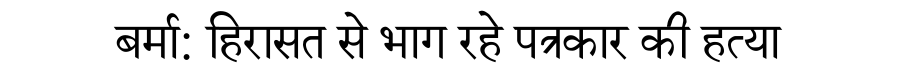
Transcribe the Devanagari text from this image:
बर्मा: हिरासत से भाग रहे पत्रकार की हत्या